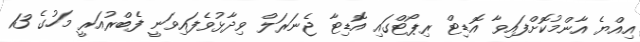
އިއްޔެ އާންމުކޮށްފައިވާ އޮޑިޓް ރިޕޯޓްގައި އޮޑިޓާ ޖެނަރަލް ވިދާޅުވެފައިވަނީ ފެބްރުއަރީ މަހުގެ 13